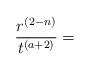
LaTeX: \begin{align*}\frac{r^{\left( 2-n\right) }}{t^{\left( a+2\right) }}=\end{align*}